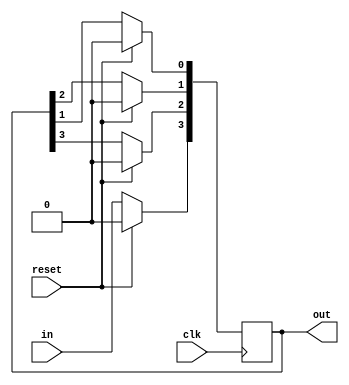
module four_bit_shift_register(in, out, clk, reset);
    input in, clk, reset;
    output[3:0] out;
    reg[3:0] out;
    
    initial begin
    out <=4'b1000;
    end
   
    always@(posedge clk)
    begin
        if(reset==1)
          out<=0;
        else
        begin
        out[0]<=out[1];
        out[1]<=out[2];
        out[2]<=out[3];
        out[3]<=in;
        end
   end
endmodule